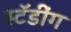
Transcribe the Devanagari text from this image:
स्टॅडींग